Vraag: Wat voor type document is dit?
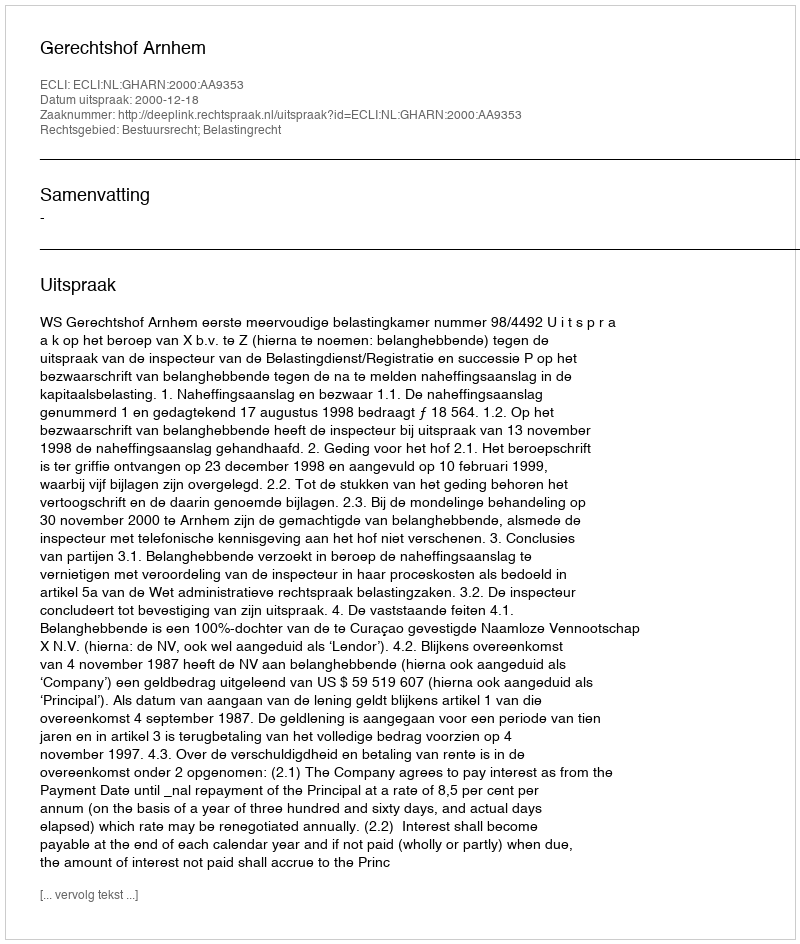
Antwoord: Uitspraak